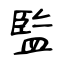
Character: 監